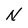
Character: N